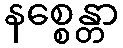
နစ္စေန္တာ